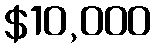
$10,000